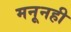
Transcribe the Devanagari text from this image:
मनूनही